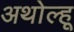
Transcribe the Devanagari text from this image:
अथोल्हू